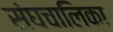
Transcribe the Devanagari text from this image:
संघचालिका